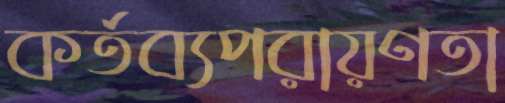
কর্তব্যপরায়ণতা